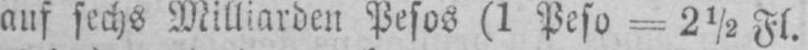
auf sechs Milliarden Pesos (1 Peso = 2½ Fl.